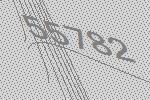
55782